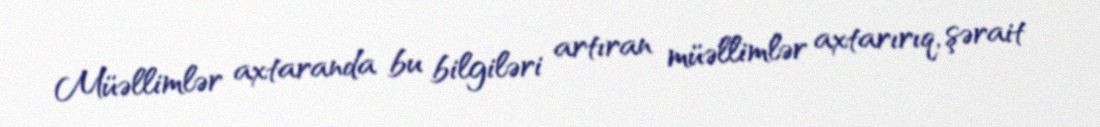
Müəllimlər axtaranda bu bilgiləri artıran müəllimlər axtarırıq, şərait